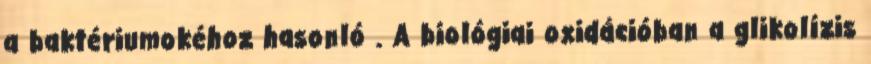
a baktériumokéhoz hasonló . A biológiai oxidációban a glikolízis